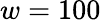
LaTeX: w=100